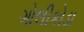
ગોલીકોડા